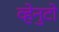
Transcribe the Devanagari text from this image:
व्हेनुटो